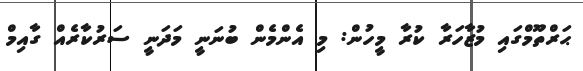
ޙަރްތޫމްގައި މުޒާހަރާ ކުރާ މީހުން: މި އެންމެން ބުނަނީ މަދަނީ ސަރުކާރެއް ގާއިމް